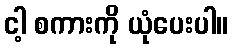
ငါ့ စကားကို ယုံပေးပါ။